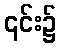
၎င်း၌